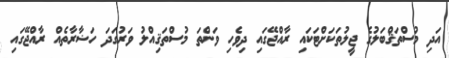
އަދި މުސްތަޤްބަލުގެ ޖީލުތަކަށްޓަކައި ރާއްޖޭގައި ދިވެހި ވަންތަ މުސްތަޤިއްލު ވަރުގަދަ ހަޟާރާތެއް ރާއްޖޭގައި